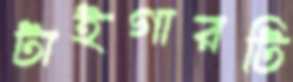
টাইগারটি